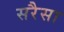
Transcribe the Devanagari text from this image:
सरैसा